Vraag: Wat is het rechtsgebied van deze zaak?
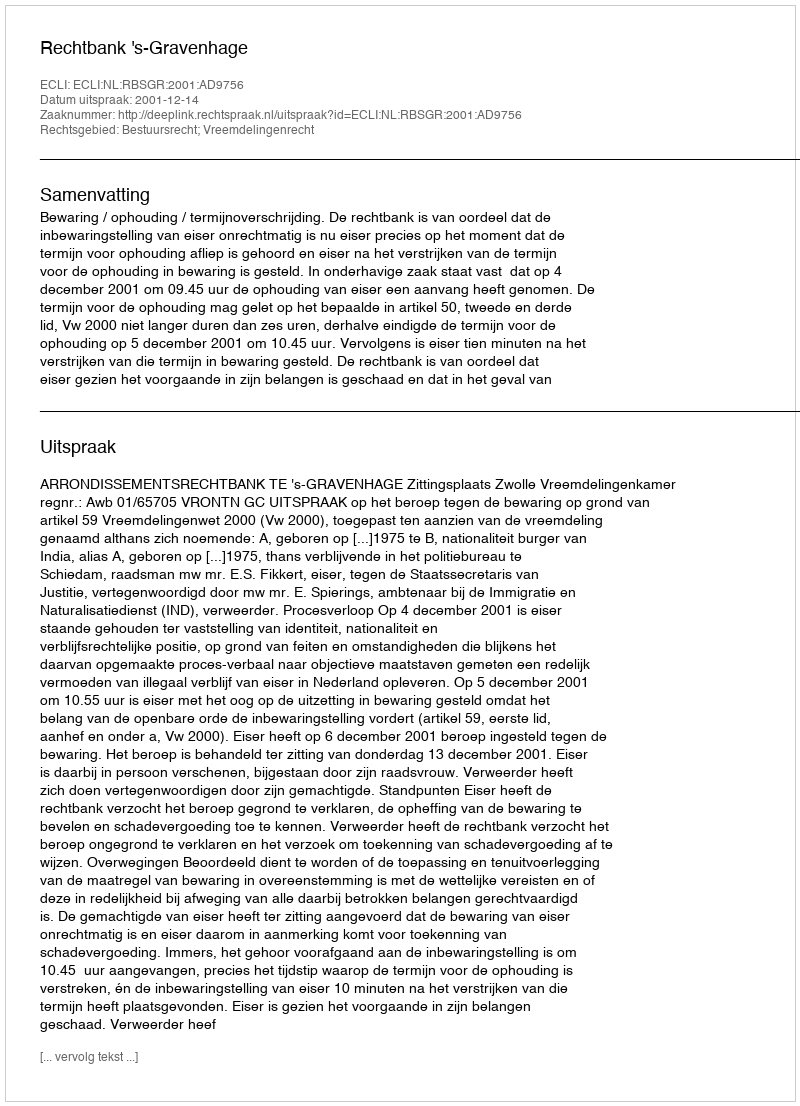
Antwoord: Bestuursrecht; Vreemdelingenrecht